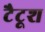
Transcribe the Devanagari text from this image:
टैटूश